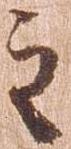
之